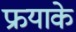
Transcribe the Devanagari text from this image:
फ्रयाके